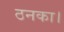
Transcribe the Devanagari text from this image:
ठनका।